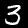
Digit: 3